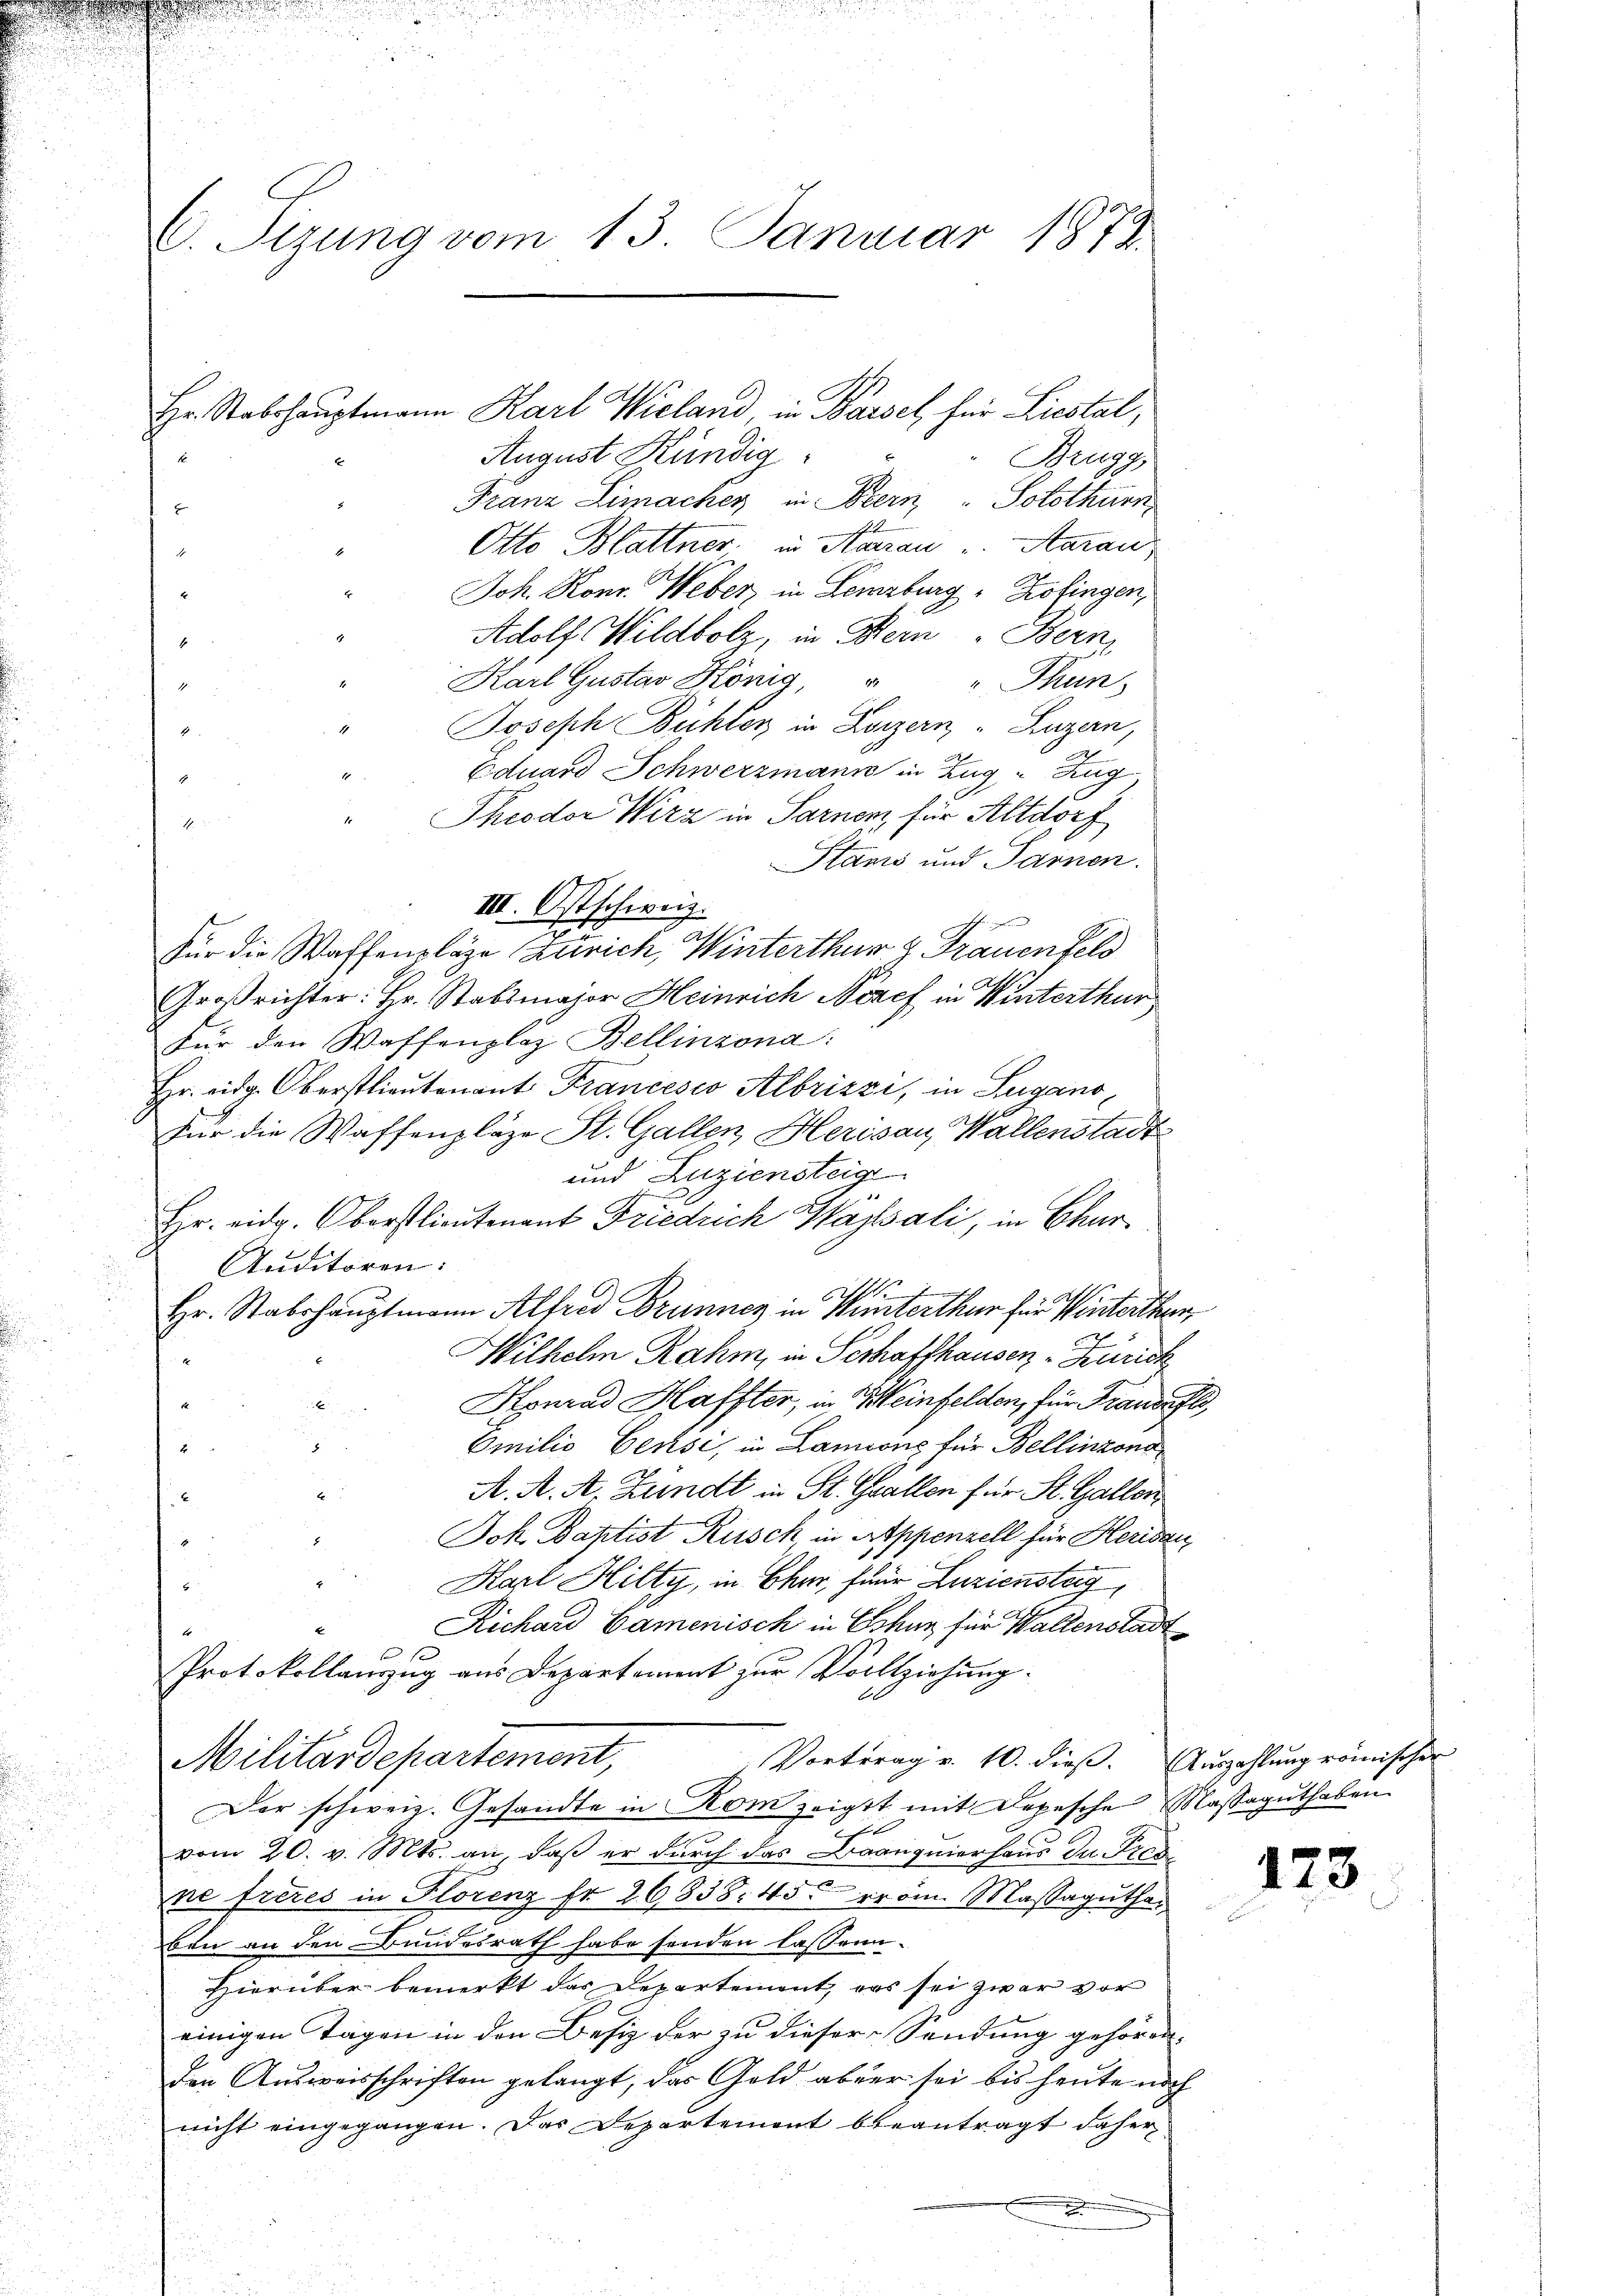
d
C. Sizung vom 13. Januar 1872

Hr. Stabshauptmann Karl Wieland, in Basel, für Liestal,
August Kündig
Brugg,
Franz Limacher in Bern, Solothurn,
E
Otto Blattner in Hanau u. Aarau
Joh. Konr. Weber, in Lenzburg, Zofingen,
Adolf Wildbolz, in Bern Bern,
4
Karl Gustav König, " " Thun,
1
Joseph Bühler in Luzern, Luzern,
4
1
Eduard Schwerzmann in Zug, Zug
Theodor Wirz in Sarner für Altdorf

Stams und Sarnen.
b
.
Großrichter: Hr. Stabsmajor Heinrich Nosef in Winterthur
Für den Waffenplaz Bellinzona
Hr. eidg. Oberstlieutenant Francesco Albrizzi, in Lugano,
Für die Waffenpläze St. Gallen, Herisau, Wallenstadt
und Zuziensteig
Hr. eidg. Oberstlieutenant Friedrich Wassali, in Chur¬
Studitoren:
Hr. Stabshauptmann Alfred Brunner in Winterthur für Winterthurn,
Wilhelm Rahm, in Serhaffhausen - Zürich
Honrad Haffter, in Weinfelden, für Transaft,
x
Omilio Censi, in Lannons für Bellinzona
x
A. A. A. Zundt in St. Gallen für St. Gallen
Jok. Baptist Rusch, in Appenzell für Herisau
Karl Hilty, in Eker, für Luzienstag
Richard Camenisch in Eskar für Wallenstadt
1
Protokollauszug aus Departement zur Vollziehung.
Militärdepartement,
Vortrag v. 10. dieß. Auszahlung römische-
Der schweiz. Gesandte in Rom zeigtt mit Depesche Massaguthaben
vom 20. v. Mts. an, daß er durch das Branquierhaus der Er
ne frères in Storenz fr 26838. 45 erom. Massagutha
ben an den Bundesrath habe fonden lassen.
Hierüber bemerkt das Departement, das sei zwar vor
einigen Tagen in den Besiz der zu dieser Sendung gehören.
den Ausweisschriften gelangt, das Gold aber sei bis heute noch
nicht eingegangen. Das Departement beantragt daher
.

III. Ostschweiz.
für die Waffenpläge Zürich, Winterthur & Frauenfeld

123